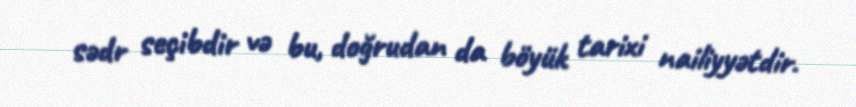
sədr seçibdir və bu, doğrudan da böyük tarixi nailiyyətdir.